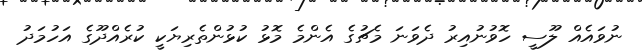
ނުވައެއް ލޫސީ ހޮވުނުއިރު ދެވަނަ މެޗުގެ އެންމެ މޮޅު ކުޅުންތެރިޔަކީ ކުރެއްދޫގެ އަހުމަދު